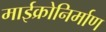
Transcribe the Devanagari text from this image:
माईक्रोनिर्माण